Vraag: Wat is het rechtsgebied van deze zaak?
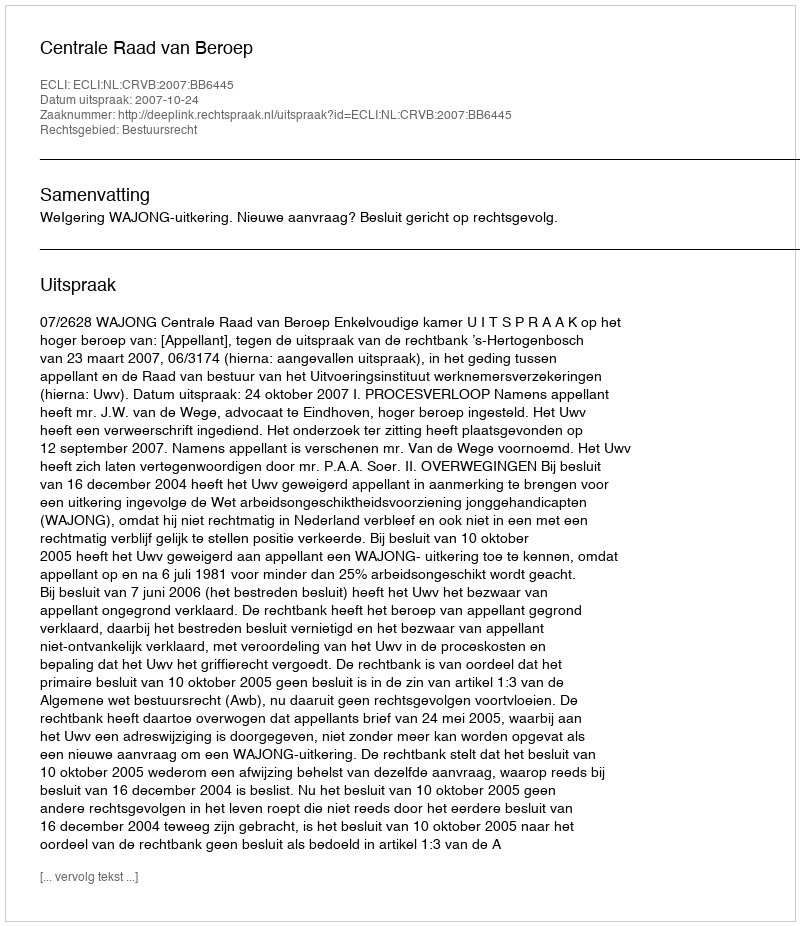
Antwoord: Bestuursrecht